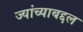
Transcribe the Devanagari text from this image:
ज्यांच्याबद्दल